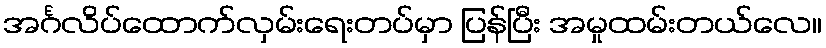
အင်္ဂလိပ်ထောက်လှမ်းရေးတပ်မှာ ပြန်ပြီး အမှုထမ်းတယ်လေ။